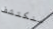
سنكتشف